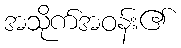
အသိုက်အဝန်း၏